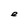
Character: e